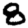
Digit: 8